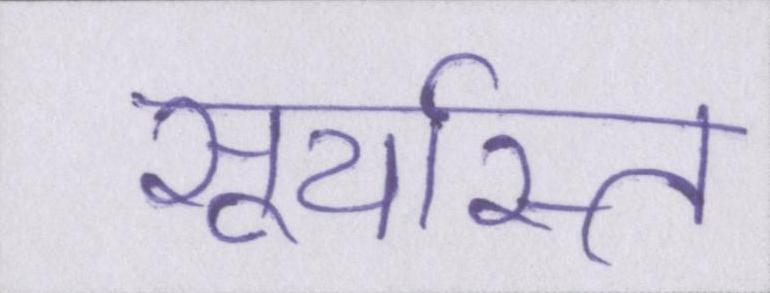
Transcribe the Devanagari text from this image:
सूर्यास्त